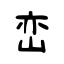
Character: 峦